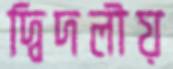
দ্বিদলীয়